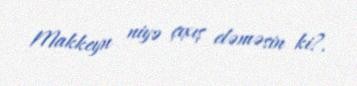
Makkeyn niyə çıxış eləməsin ki?.